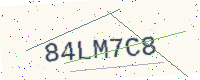
Text: 84LM7C8